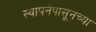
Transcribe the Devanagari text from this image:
स्थापनेपासूनच्या